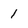
Character: 1